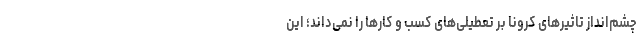
چشم‌انداز تاثیرهای کرونا بر تعطیلی‌های کسب و کارها را نمی‌داند؛ این